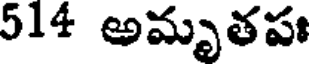
514 అమృతపః